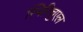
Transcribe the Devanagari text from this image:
स्पिरिचुएल